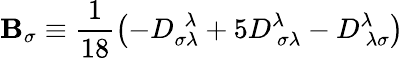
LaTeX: \mathbf{B}_{\sigma}\equiv\frac{{1}}{{18}}\left(-D_{\sigma\lambda}^{~~\lambda}+5D_{~\sigma\lambda}^{\lambda}-D_{~\lambda\sigma}^{\lambda}\right)